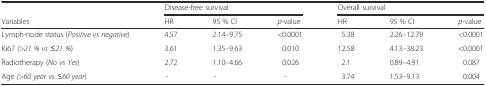
<table><thead><tr><td></td><td colspan="3"><b>Disease-free survival</b></td><td colspan="3"><b>Overall survival</b></td></tr><tr><td><b>Variables</b></td><td><b>HR</b></td><td><b>95 % CI</b></td><td><b><i>p</i>-value</b></td><td><b>HR</b></td><td><b>95 % CI</b></td><td><b><i>p</i>-value</b></td></tr></thead><tbody><tr><td>Lymph-node status (<i>Positive vs negative</i>)</td><td>4.57</td><td>2.14–9.75</td><td>&lt;0.0001</td><td>5.38</td><td>2.26–12.79</td><td>&lt;0.0001</td></tr><tr><td>Ki67 <i>(&gt;21 % vs ≤21 %</i>)</td><td>3.61</td><td>1.35–9.63</td><td>0.010</td><td>12.58</td><td>4.13–38.23</td><td>&lt;0.0001</td></tr><tr><td>Radiotherapy (<i>No vs Yes</i>)</td><td>2.72</td><td>1.10–4.66</td><td>0.026</td><td>2.1</td><td>0.89–4.91</td><td>0.087</td></tr><tr><td>Age <i>(&gt;60 year vs ≤60 year</i>)</td><td>-</td><td>-</td><td>-</td><td>3.74</td><td>1.53–9.13</td><td>0.004</td></tr></tbody></table>